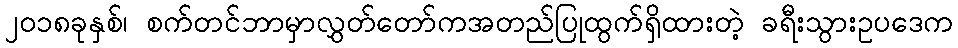
၂၀၁၈ခုနှစ်၊ စက်တင်ဘာမှာလွှတ်တော်ကအတည်ပြုထွက်ရှိထားတဲ့ ခရီးသွားဥပဒေက